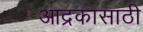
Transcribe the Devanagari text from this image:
आद्रकासाठी